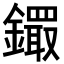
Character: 𨭵